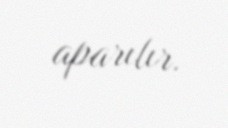
aparılır.